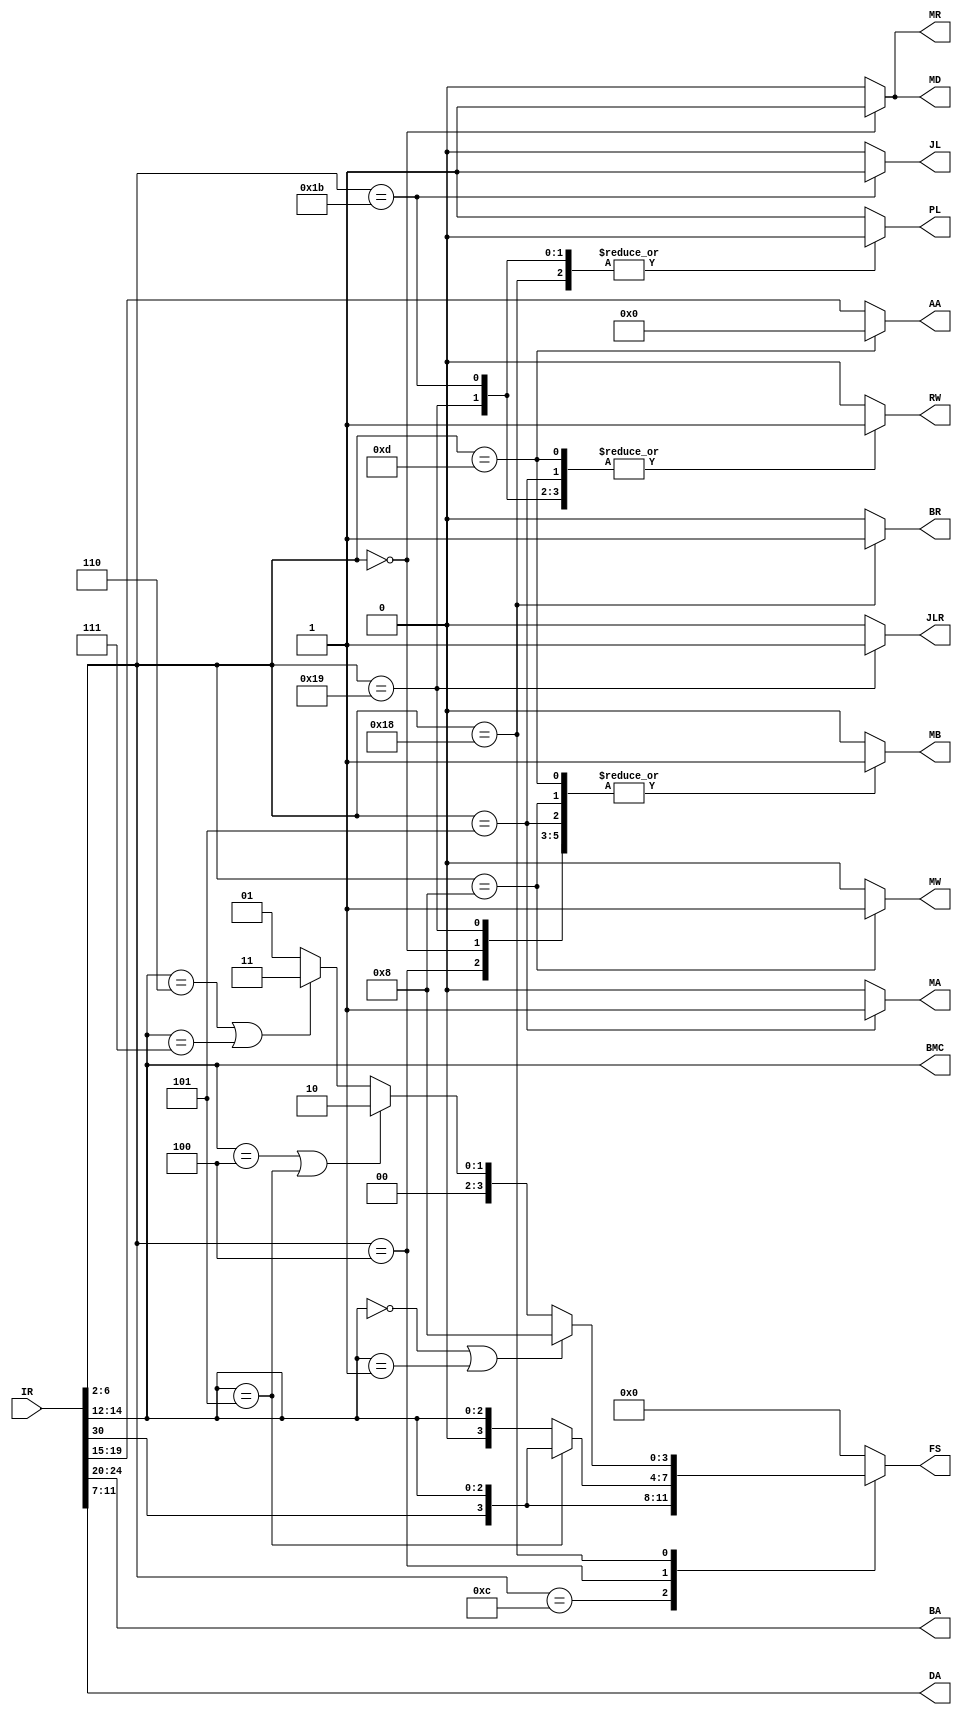
module InsDec(
    input [31:0] IR,
    output reg MA, MB, MD, RW, MW, MR,
    output reg PL, JL, JLR, BR,
    output reg [3:0] FS,
    output reg [2:0] BMC,
    output reg [4:0] AA, BA, DA
    );
    
    
    wire [4:0] opcode;
    wire [3:0] func73;
    wire [2:0] func3;
    
    assign opcode = IR[6:2];
    assign func3 = IR[14:12];
    assign func73 = {IR[30], IR[14:12]};
    
    
    always @(*) begin
        if (opcode == 5'b01101)
            AA = 5'b0;
        else
            AA = IR[19:15];
            BA = IR[24:20];
            DA = IR[11:7];
            BMC = IR[14:12];   //Memory and Branch Control
        
        case(opcode)
            5'b01100 :   //FU Operations 
            begin
                FS = func73;
                MA = 1'b0;  
                MB = 1'b0;
                MD = 1'b0;  
                RW = 1'b1;
                MW = 1'b0;
                MR = 1'b0;
                PL = 1'b1;
                JLR = 1'b0; //dont care
                JL = 1'b0;  //dont care
                BR = 1'b0;
            end    
            
            5'b00100 :   //ALU IMM Operations
            begin
                if (func3 == 3'b101)
                    FS = func73;
                else
                    FS = {1'b0, func3};
                MA = 1'b0;  
                MB = 1'b1;
                MD = 1'b0;  
                RW = 1'b1;
                MW = 1'b0;
                MR = 1'b0;
                PL = 1'b1;
                JLR = 1'b0; //dont care
                JL = 1'b0;  //dont care
                BR = 1'b0;
            end
              
            5'b01000 :   //STORE
            begin
                FS = 4'b0000;
                MA = 1'b0;  
                MB = 1'b1;
                MD = 1'b0;  //dont care
                RW = 1'b0;
                MW = 1'b1;
                MR = 1'b0;
                PL = 1'b1;
                JLR = 1'b0; //dont care
                JL = 1'b0;  //dont care
                BR = 1'b0;
            end
            
            5'b00000 :   //LOAD
            begin
                FS = 4'b0000;
                MA = 1'b0;  
                MB = 1'b1;
                MD = 1'b1;  
                RW = 1'b1;
                MW = 1'b0;
                MR = 1'b1;
                PL = 1'b1;
                JLR = 1'b0; //dont care
                JL = 1'b0;  //dont care
                BR = 1'b0;
            end
            
            5'b11000 :   //BRANCH
            begin  
                if(BMC == 3'b000 | BMC == 3'b001)
                    FS = 4'b1000;
                else if(BMC == 3'b100 | BMC == 3'b101)
                    FS = 4'b0010;
                else if(BMC == 3'b110 | BMC == 3'b111)
                    FS = 4'b0011;
                else
                    FS = 4'b0001;
                MA = 1'b0;  //dont care
                MB = 1'b0;
                MD = 1'b0;  //dont care
                RW = 1'b0;
                MW = 1'b0;
                MR = 1'b0;
                PL = 1'b0;
                JLR = 1'b0; 
                JL = 1'b0;
                BR = 1'b1;
            end
            
            5'b11001 :    //JALR
            begin
                FS = 4'b0000;   //dont care
                MA = 1'b0;  
                MB = 1'b1;  //dont care
                MD = 1'b0;  //dont care
                RW = 1'b1;
                MW = 1'b0;
                MR = 1'b0;
                PL = 1'b0;
                JLR = 1'b1; 
                JL = 1'b0;
                BR = 1'b0;  
            end
            
            5'b11011 :    //JAL
            begin
                FS = 4'b0;   //dont care
                MA = 1'b0;  
                MB = 1'b0;  //dont care
                MD = 1'b0;  //dont care
                RW = 1'b1;
                MW = 1'b0;
                MR = 1'b0;
                PL = 1'b0;
                JLR = 1'b0; 
                JL = 1'b1;
                BR = 1'b0;  
            end
            
            5'b00101 :    //AUIPC
            begin
                FS = 4'b0000;   //dont care
                MA = 1'b1;  
                MB = 1'b1;  //dont care
                MD = 1'b0;  //dont care
                RW = 1'b1;
                MW = 1'b0;
                MR = 1'b0;
                PL = 1'b1;
                JLR = 1'b0; 
                JL = 1'b0;
                BR = 1'b0;  
            end
            
            5'b01101 :    //LUI
            begin
                FS = 4'b0000;   //dont care
                MA = 1'b0;  
                MB = 1'b1;  //dont care
                MD = 1'b0;  //dont care
                RW = 1'b1;
                MW = 1'b0;
                MR = 1'b0;
                PL = 1'b1;
                JLR = 1'b0; 
                JL = 1'b0;
                BR = 1'b0;  
            end
            
            default:
            begin
                FS = 4'b0000;   //dont care
                MA = 1'b0;  
                MB = 1'b0;  //dont care
                MD = 1'b0;  //dont care
                RW = 1'b0;
                MW = 1'b0;
                MR = 1'b0;
                PL = 1'b1;
                JLR = 1'b0; 
                JL = 1'b0;
                BR = 1'b0;
            end   
        endcase
    
    end  
endmodule